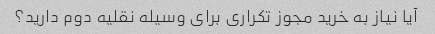
آیا نیاز به خرید مجوز تکراری برای وسیله نقلیه دوم دارید؟